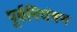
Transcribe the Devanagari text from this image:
पूर्वनियंत्रण